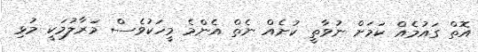
އޮތް ގައުމެއް ކަމަށް ނުވާތީ ކުށެއް ނެތް އެންމެ މީހަކުވެސް މަރާލުމަކީ މުޅި